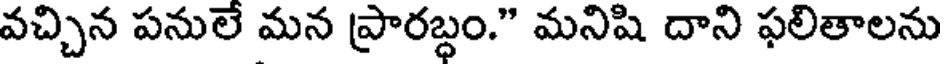
వచ్చిన పనులే మన ప్రారబ్ధం." మనిషి దాని ఫలితాలను